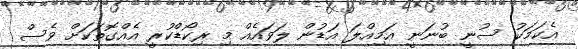
އެކަމަކު ސުނީ ބުނަނީ އަމިއްލަ އަޑުން ލަވައެއް މި ރިކޯޑްކުރީ އެއްގޮތަކަށް ވެސް